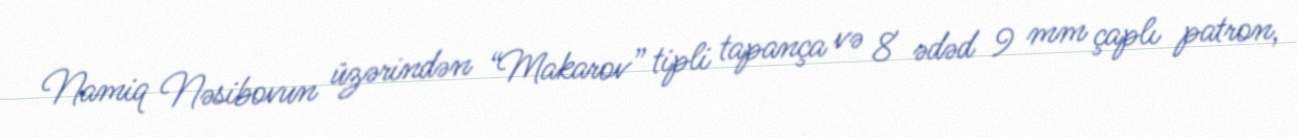
Namiq Nəsibovun üzərindən “Makarov” tipli tapança və 8 ədəd 9 mm çaplı patron,